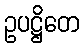
ဥပဋ္ဌိတေ